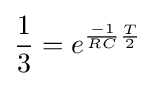
{\frac {1}{3}}=e^{{\frac {-1}{RC}}{\frac {T}{2}}}